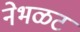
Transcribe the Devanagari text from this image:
नेभळट